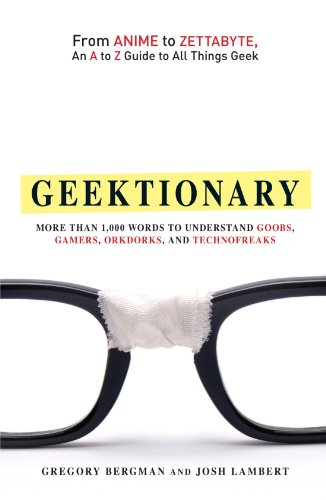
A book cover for Geektionary: From Anime to Zettabyte, An A to Z Guide to All Things Geek; Gregory Bergman; Humor & Entertainment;